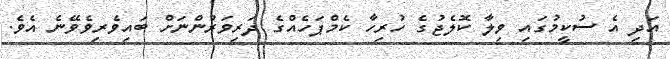
އަދި އެ ސުކީމުގައި ވިލާ ކޮލެޖުގެ ހުރިހާ ކެމްޕަހެއްގެ ދަރިވަރުންނަށް ބައިވެރިވެވޭނެ އެވެ.